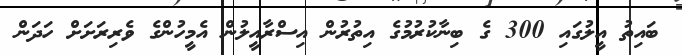
ބައިތު އީލުގައި 300 ގެ ބިނާކުރުމުގެ އިތުރުން އިސްރާއީލުން އެމީހުންގެ ވެރިރަށަށް ހަދަން